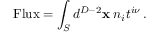
\mathrm { F l u x } = \int _ { S } d ^ { D - 2 } { \bf x } \; n _ { i } t ^ { i \nu } \, .